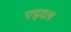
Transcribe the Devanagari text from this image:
एड्दल